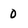
Character: O